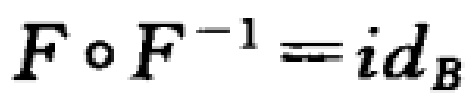
\(F\circ F^{-1}=id_B\)